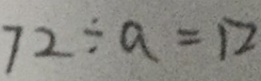
7 2 \div a = 1 2